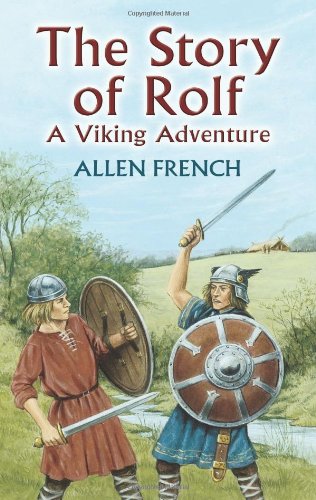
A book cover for The Story of Rolf: A Viking Adventure (Dover Children's Classics); Allen French; Children's Books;